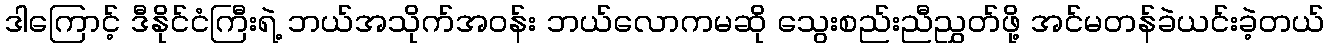
ဒါကြောင့် ဒီနိုင်ငံကြီးရဲ့ ဘယ်အသိုက်အဝန်း ဘယ်လောကမဆို သွေးစည်းညီညွှတ်ဖို့ အင်မတန်ခဲယင်းခဲ့တယ်